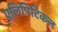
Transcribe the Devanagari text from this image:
एलिपिटिकल